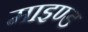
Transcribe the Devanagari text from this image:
माइण्ड